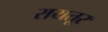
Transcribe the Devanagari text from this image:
रायतूर